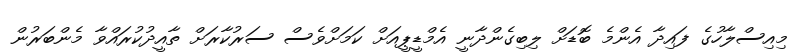
މިއިސްލާހުގެ ފައިދާ އެންމެ ބޮޑަށް ލިބިގެންދާނީ އެމްޑީޕީއަށް ކަމަށްވެސް ސަރުކާރަށް ތާއީދުކުރައްވާ މެންބަރުން